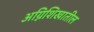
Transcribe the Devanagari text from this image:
अग्निशिखातील